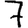
Digit: 7